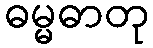
ဓမ္မဓာတု